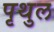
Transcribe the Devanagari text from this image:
पृथुल